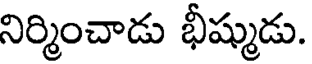
నిర్మించాడు భీష్ముడు.